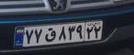
۷۷ق۸۳۹۲۲